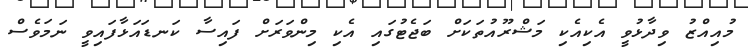
މުއިއްޒު ވިދާޅުވީ އެކިއެކި މަޝްރޫއުތަކަށް ބަޖެޓުގައި އެކި މިންވަރަށް ފައިސާ ކަނޑައަޅާފައިވީ ނަމަވެސް